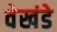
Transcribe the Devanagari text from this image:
वेखंडे